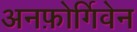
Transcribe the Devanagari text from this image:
अनफ़ोर्गिवेन